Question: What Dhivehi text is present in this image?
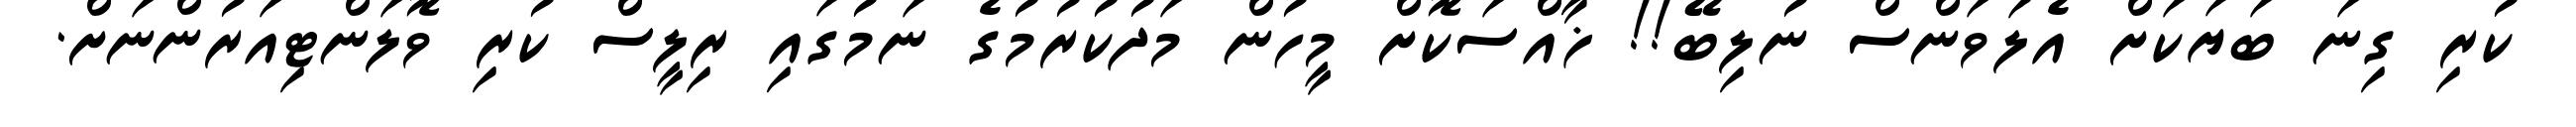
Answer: ކުރި ގިނަ ބަޔަކަށް އެލަވަންސް ނުލިބޭ!! ޚާއްސަކޮށް މީހުން މަދުކުރުމުގެ ނަމުގައި ރިލީސް ކުރި ވޮލަންޓިއަރުންނަށް.